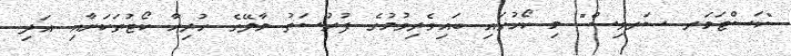
"ކަސްޓަމަރ ސަރވިސް" މި ކޯހުގައި ބައިވެރިވުމުގެ ފުރުސަތު މާލޭގެ ހުރިހާ ކޯޓުތަކަށާއި އަދި